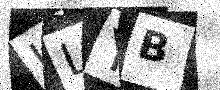
Text: ILYB